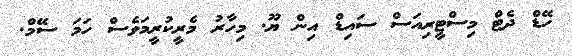
ހޭޑް ދެޓް މިސްޓީރިއަސް ސައިޑް އިން ޔޫ. މިހާރު މެރީކުރީމަވެސް ހަމަ ސޭމް.